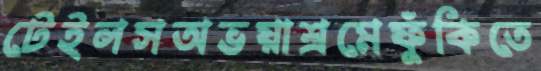
টেইলসঅভয়াশ্রমেফুঁকিতে